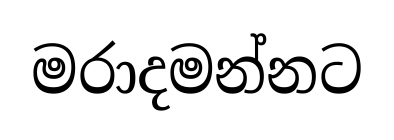
මරාදමන්නට